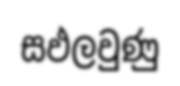
සඵලවුණු